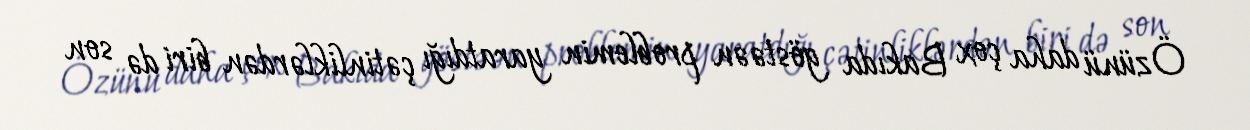
Özünü daha çox Bakıda göstəən problemin yaratdığı çətinliklərdən biri də son